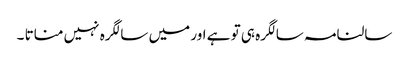
سالنامہ سالگرہ ہی تو ہے اور میں سالگرہ نہیں مناتا ۔